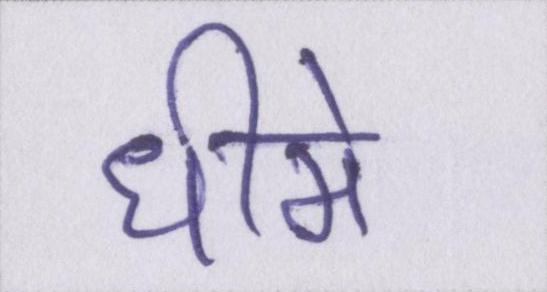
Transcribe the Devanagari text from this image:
धीमे